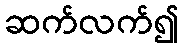
ဆက်လက်၍